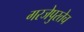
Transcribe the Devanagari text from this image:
गरजेपुरतेच